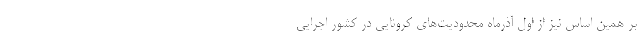
بر همین اساس نیز از اول آذرماه محدودیت‌های کرونایی در کشور اجرایی